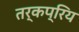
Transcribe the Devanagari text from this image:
तर्कप्रिय